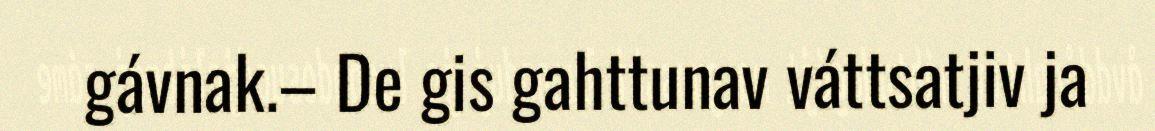
gávnak.– De gis gahttunav váttsatjiv ja